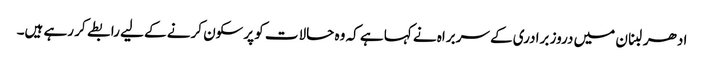
ادھر لبنان میں دروز برادری کے سربراہ نے کہا ہے کہ وہ حالات کو پرسکون کرنے کے لیے رابطے کر رہے ہیں۔